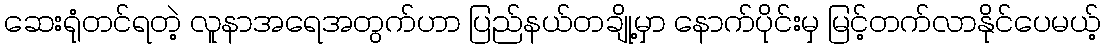
ဆေးရုံတင်ရတဲ့ လူနာအရေအတွက်ဟာ ပြည်နယ်တချို့မှာ နောက်ပိုင်းမှ မြင့်တက်လာနိုင်ပေမယ့်